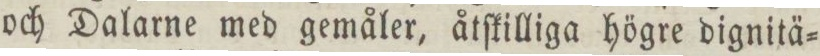
och Dalarne med gemåler, åtſkilliga högre dignitä=